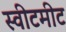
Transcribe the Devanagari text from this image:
स्वीटमीट